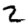
Digit: 2